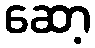
ဆော့